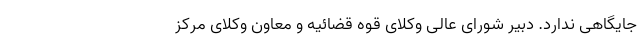
جایگاهی ندارد. دبیر شورای عالی وکلای قوه قضائیه و معاون وکلای مرکز